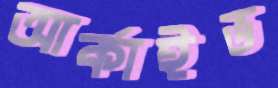
আর্কাইভ